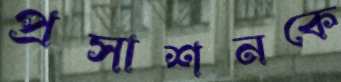
প্রসাশনকে